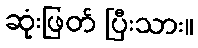
ဆုံးဖြတ် ပြီးသား။